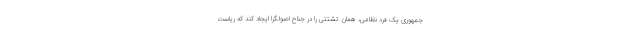
جمهوری یک فرد نظامی، همان تشتتی را در جناح اصولگرا ایجاد کند که ریاست